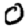
Digit: 0